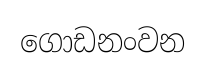
ගොඩනංවන